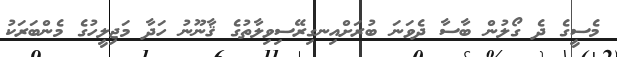
މެސީގެ ދެ ގޯލުން ބާސާ ދެވަނަ ބުރަށްއިނގިރޭސިވިލާތުގެ ޤާނޫނު ހަދާ މަޖިލީހުގެ މެންބަރަކު